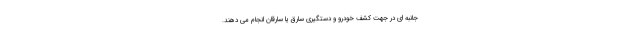
جانبه ای در جهت کشف خودرو و دستگیری سارق یا سارقان انجام می دهند.